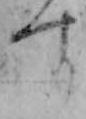
す